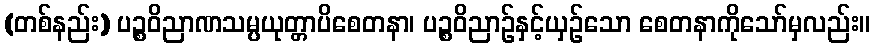
(တစ်နည်း) ပဉ္စဝိညာဏသမ္ပယုတ္တာပိစေတနာ၊ ပဉ္စဝိညာဉ်နှင့်ယှဉ်သော စေတနာကိုသော်မှလည်း။